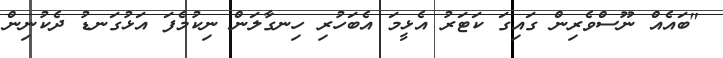
"ބައެއް ނޫސްވެރިން ގައިގަ ކަޓަރު އެޅީމަ އެބަހުރި ހިނގާލަން ނިކުމެފަ އަޅުގަނޑު ދެކުނިން